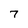
Character: 7